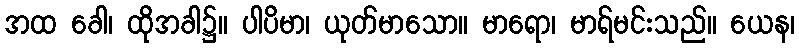
အထ ခေါ၊ ထိုအခါ၌။ ပါပိမာ၊ ယုတ်မာသော။ မာရော၊ မာရ်မင်းသည်။ ယေန၊